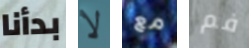
بدأنا لا مع فم